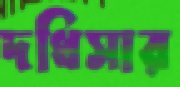
দধিসার